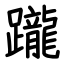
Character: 躘